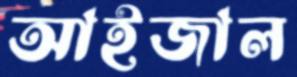
আইজাল